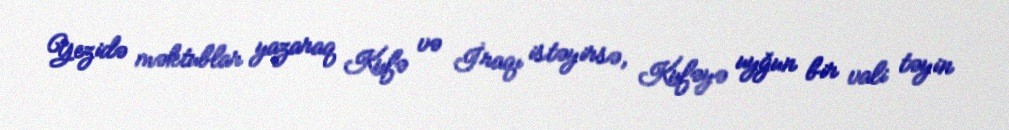
Yezidə məktublar yazaraq Kufə və İraqı istəyirsə, Kufəyə uyğun bir vali təyin